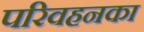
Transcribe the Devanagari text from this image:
परिवहनका